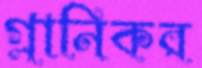
গ্লানিকর